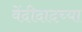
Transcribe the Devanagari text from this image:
वेंदीदादच्या